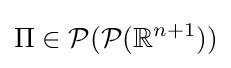
\Pi \in {\mathcal {P}}({\mathcal {P}}(\mathbb {R} ^{n+1}))